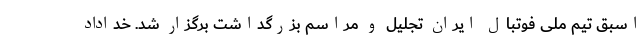
اسبق تیم ملی فوتبال ایران تجلیل و مراسم بزرگداشت برگزار شد. خداداد